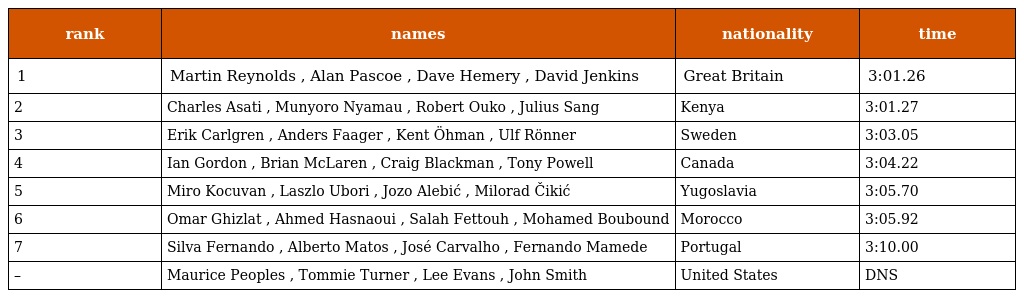
| rank | names | nationality | time |
 | --- | --- | --- | --- |
 | 1 | Martin Reynolds , Alan Pascoe , Dave Hemery , David Jenkins | Great Britain | 3:01.26 |
 | 2 | Charles Asati , Munyoro Nyamau , Robert Ouko , Julius Sang | Kenya | 3:01.27 |
 | 3 | Erik Carlgren , Anders Faager , Kent Öhman , Ulf Rönner | Sweden | 3:03.05 |
 | 4 | Ian Gordon , Brian McLaren , Craig Blackman , Tony Powell | Canada | 3:04.22 |
 | 5 | Miro Kocuvan , Laszlo Ubori , Jozo Alebić , Milorad Čikić | Yugoslavia | 3:05.70 |
 | 6 | Omar Ghizlat , Ahmed Hasnaoui , Salah Fettouh , Mohamed Boubound | Morocco | 3:05.92 |
 | 7 | Silva Fernando , Alberto Matos , José Carvalho , Fernando Mamede | Portugal | 3:10.00 |
 | – | Maurice Peoples , Tommie Turner , Lee Evans , John Smith | United States | DNS |